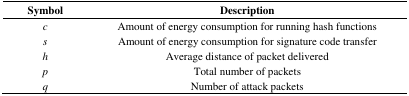
| Symbol | Description |
 | --- | --- |
 | c | Amount of energy consumption for running hash functions |
 | s | Amount of energy consumption for signature code transfer |
 | h | Average distance of packet delivered |
 | p | Total number of packets |
 | q | Number of attack packets |